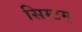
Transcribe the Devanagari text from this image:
सिम्टम्